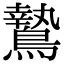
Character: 鷙